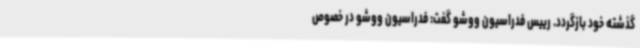
گذشته خود بازگردد. رییس فدراسیون ووشو گفت: فدراسیون ووشو در خصوص